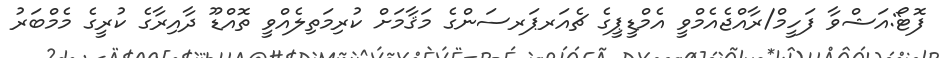
ފޮޓޯ:އަޝްވާ ފަހީމް/ރާއްޖެއެމްވީ އެމްޑީޕީގެ ޗެއަރޕަރސަންގެ މަޤާމަށް ކުރިމަތިލެއްވީ ތޮއްޑޫ ދާއިރާގެ ކުރީގެ މެމްބަރު